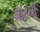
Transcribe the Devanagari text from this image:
जॉहनी